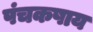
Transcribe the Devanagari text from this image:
पंचकषाय